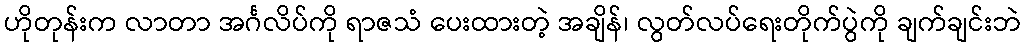
ဟိုတုန်းက လာတာ အင်္ဂလိပ်ကို ရာဇသံ ပေးထားတဲ့ အချိန်၊ လွတ်လပ်ရေးတိုက်ပွဲကို ချက်ချင်းဘဲ